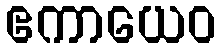
ဧကာယေဝ